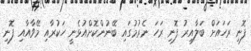
ފޮނި ރަހައަށް ބަލާއިރު ފޮނި ރަހަ ނެރުމުގައި ބޭނުންކޮށްއުޅެނީ ހަކުރާއި މޭވާއާއި ފޮނި